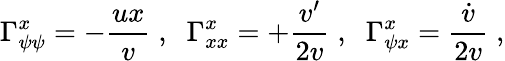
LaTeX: \Gamma_{\psi\psi}^{x}=-{\frac{ux}{v}}\; ,\; \; \Gamma_{xx}^{x}=+{\frac{v^{\prime}}{2v}}\; ,\; \; \Gamma_{\psi x}^{x}={\frac{\dot{v}}{2v}}\; ,